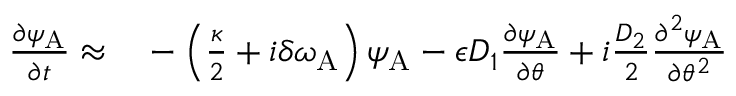
\begin{array} { r l } { \frac { \partial \psi _ { \mathrm { A } } } { \partial t } \approx } & { { } - \left( \frac { \kappa } { 2 } + i \delta \omega _ { \mathrm { A } } \right) \psi _ { \mathrm { A } } - \epsilon D _ { 1 } \frac { \partial \psi _ { \mathrm { A } } } { \partial \theta } + i \frac { D _ { 2 } } { 2 } \frac { \partial ^ { 2 } \psi _ { \mathrm { A } } } { \partial \theta ^ { 2 } } } \end{array}